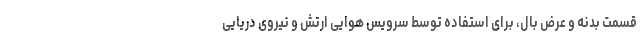
قسمت بدنه و عرض بال، برای استفاده توسط سرویس هوایی ارتش و نیروی دریایی